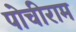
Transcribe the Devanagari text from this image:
पोचीराम